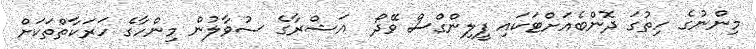
މިންނުގެ ހިތުގަ ދޮންބެއަށްޓަކައި ފީލިންގްސް ވޭދޯ  އަޝްރާގެ ސުވާލުން މިންހާގެ ހަރަކާތްތަކަށް